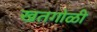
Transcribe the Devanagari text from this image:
खतगोळी